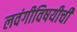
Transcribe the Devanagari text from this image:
लवंगीविषयीची